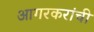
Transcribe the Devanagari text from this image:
आगरकरांची